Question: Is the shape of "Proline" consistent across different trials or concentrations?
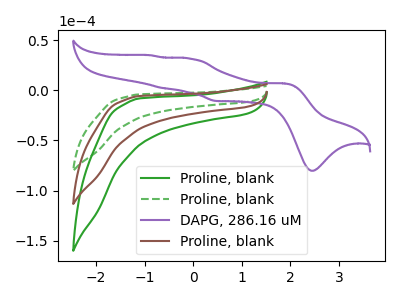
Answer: <think>The green curve "Proline, blank" has no peaks. The green dashed curve "Proline, blank" has no peaks. The purple curve "DAPG, 286.16 uM" has anodic peaks at (1.90V, 6.80uA) (-0.05V, 31.50uA) (-0.65V, 2.20uA) (-0.85V, 34.85uA) and cathodic peaks at (2.45V, -80.30uA) (0.45V, -10.75uA). The brown curve "Proline, blank" has no peaks.
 Neither "Proline, blank" or "Proline, blank" have any peaks. "Proline, blank" and "DAPG, 286.16 uM" have a different number of peaks. Neither "Proline, blank" or "Proline, blank" have any peaks. "Proline, blank" and "DAPG, 286.16 uM" have a different number of peaks. Neither "Proline, blank" or "Proline, blank" have any peaks. "DAPG, 286.16 uM" and "Proline, blank" have a different number of peaks.</think>
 <answer>All the CV's of "Proline" have similar shape.</answer>
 <eval>follow_rule</eval>